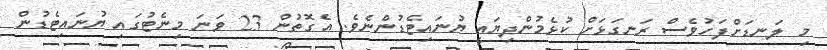
މި ލަނޑަށްފަހުވެސް ރަނގަޅަށް ކުޅެމުންދިޔައީ ޔުނައިޓެޑުންނެވެ. އެގޮތުން 23 ވަނަ މިނެޓުގައި ޔުނައިޓެޑުން